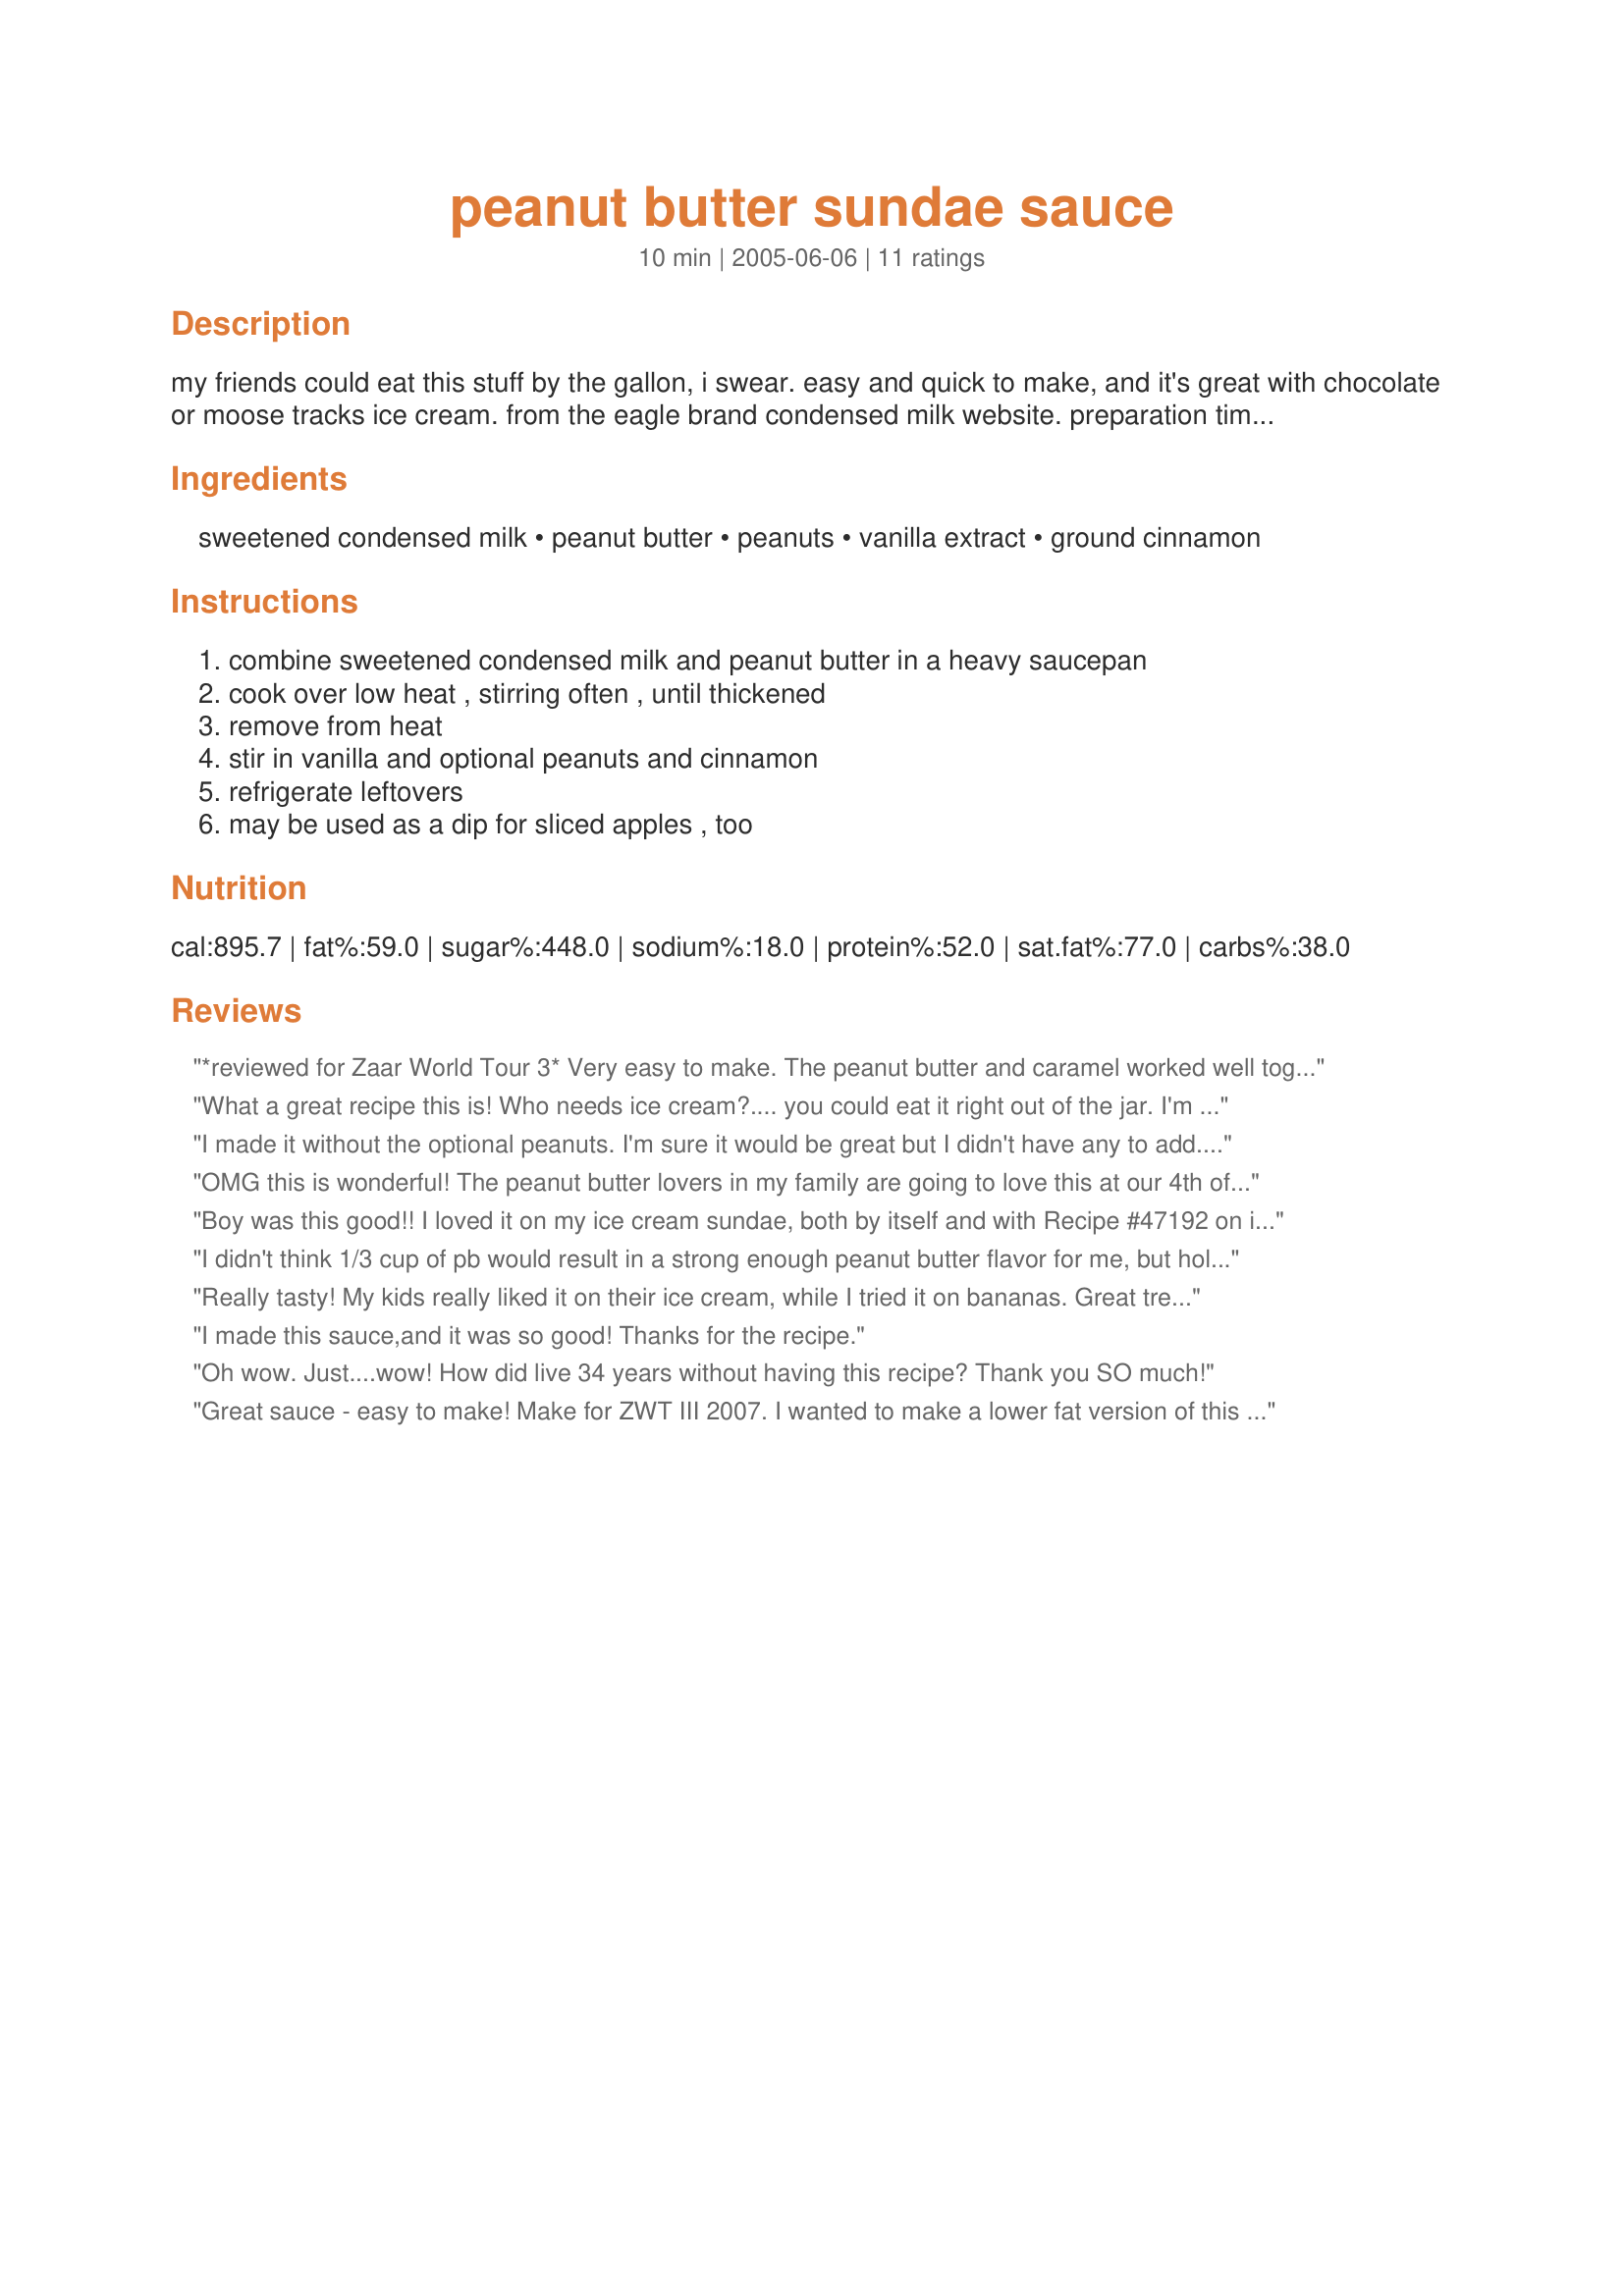
peanut butter sundae sauce
Preparation time: 10 minutes

my friends could eat this stuff by the gallon, i swear. easy and quick to make, and it's great with chocolate or moose tracks ice cream. from the eagle brand condensed milk website. preparation time includes cooking time.

Ingredients:
sweetened condensed milk, peanut butter, peanuts, vanilla extract, ground cinnamon

Steps:
combine sweetened condensed milk and peanut butter in a heavy saucepan, cook over low heat , stirring often , until thickened, remove from heat, stir in vanilla and optional peanuts and cinnamon, refrigerate leftovers, may be used as a dip for sliced apples , too

Reviews:
*reviewed for Zaar World Tour 3* Very easy to make. The peanut butter and caramel worked well together. Was very rich
What a great recipe this is! Who needs ice cream?.... you could eat it right out of the jar. I'm not a great fan of peanut butter, but this is definately worth making. And I think it's the cinnamon that makes it! (Don't leave that part out)
I made it without the optional peanuts. I'm sure it would be great but I didn't have any to add. I used a little bit of cinnamon. I made my own condensed milk and used it in this recipe. It was great. The sauce was great on vanilla ice cream. Thanks Muffin Goddess :) Made for PAC Spring 2012
OMG this is wonderful! The peanut butter lovers in my family are going to love this at our 4th of July barbeque. Of course I will have to make another batch cuz the one I just made will never last until then. I could have eaten it with a spoon right out of the pan.Oh, I did not add the cinnamon. Thank you Muffin Goddess for another addition to my tryed and liked cookbook.
Boy was this good!! I loved it on my ice cream sundae, both by itself and with Recipe #47192 on it too. It was also good with apples. YUM! I used the peanuts but didn't use the cinnamon. Thanks for sharing!
I didn't think 1/3 cup of pb would result in a strong enough peanut butter flavor for me, but holy cow! This stuff is fantastic!!!
Really tasty!
My kids really liked it on their ice cream, while I tried it on bananas. Great treat. Bet it would super on pancakes!
Thanks for posting.
I made this sauce,and it was so good! Thanks for the recipe.
Oh wow. Just....wow! How did live 34 years without having this recipe? Thank you SO much!
Great sauce - easy to make! Make for ZWT III 2007. I wanted to make a lower fat version of this so I omitted the peanuts and substituted a fat free peanut butter and sweetened condensed milk. Tasted great!
OMG - is this Heaven??!!
I did thin this out with a bit of water as it was super thick - the cinnamon puts this OVER the top! Cannot wait to try this on my peanut butter loving FIL!
